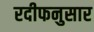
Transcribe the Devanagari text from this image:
रदीफनुसार